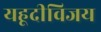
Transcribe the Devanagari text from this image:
यहूदीविजय